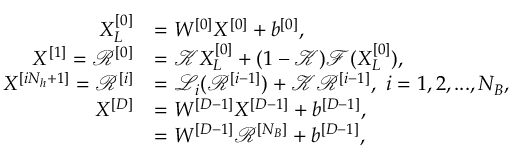
\begin{array} { r l } { X _ { L } ^ { [ 0 ] } } & { = W ^ { [ 0 ] } X ^ { [ 0 ] } + b ^ { [ 0 ] } , } \\ { { X } ^ { [ 1 ] } = \mathcal { R } ^ { [ 0 ] } } & { = \mathcal { K } X _ { L } ^ { [ 0 ] } + ( 1 - \mathcal { K } ) \mathcal { F } ( X _ { L } ^ { [ 0 ] } ) , } \\ { { X } ^ { [ i N _ { h } + 1 ] } = \mathcal { R } ^ { [ i ] } } & { = \mathcal { L } _ { i } ( \mathcal { R } ^ { [ i - 1 ] } ) + \mathcal { K } \mathcal { R } ^ { [ i - 1 ] } , \ i = 1 , 2 , . . . , N _ { B } , } \\ { X ^ { [ D ] } } & { = W ^ { [ D - 1 ] } X ^ { [ D - 1 ] } + b ^ { [ D - 1 ] } , } \\ & { = W ^ { [ D - 1 ] } \mathcal { R } ^ { [ N _ { B } ] } + b ^ { [ D - 1 ] } , } \end{array}